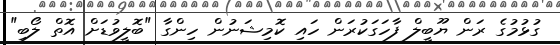
ގުޅުމުގެ ރަން ޔޫބީލް ފާހަގަކުރަން ހައި ކޮމިޝަނުން ހިންގާ "ބޮލީވުޑަށް އޮތް ލޯބި"